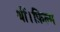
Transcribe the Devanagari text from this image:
थीं।फ़िल्म